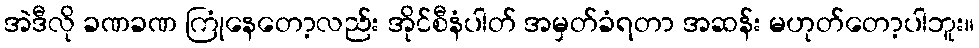
အဲဒီလို ခဏခဏ ကြုံနေတော့လည်း အိုင်စီနံပါတ် အမှတ်ခံရတာ အဆန်း မဟုတ်တော့ပါဘူး။